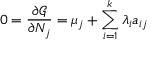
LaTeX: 0 = { \frac { \partial { \mathcal { G } } } { \partial N _ { j } } } = \mu _ { j } + \sum _ { i = 1 } ^ { k } \lambda _ { i } a _ { i j }